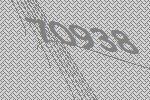
70938